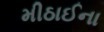
મીઠાઈના